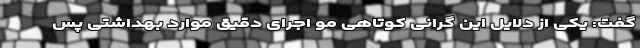
گفت: یکی از دلایل این گرانی کوتاهی مو اجرای دقیق موارد بهداشتی پس